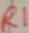
Text: R1